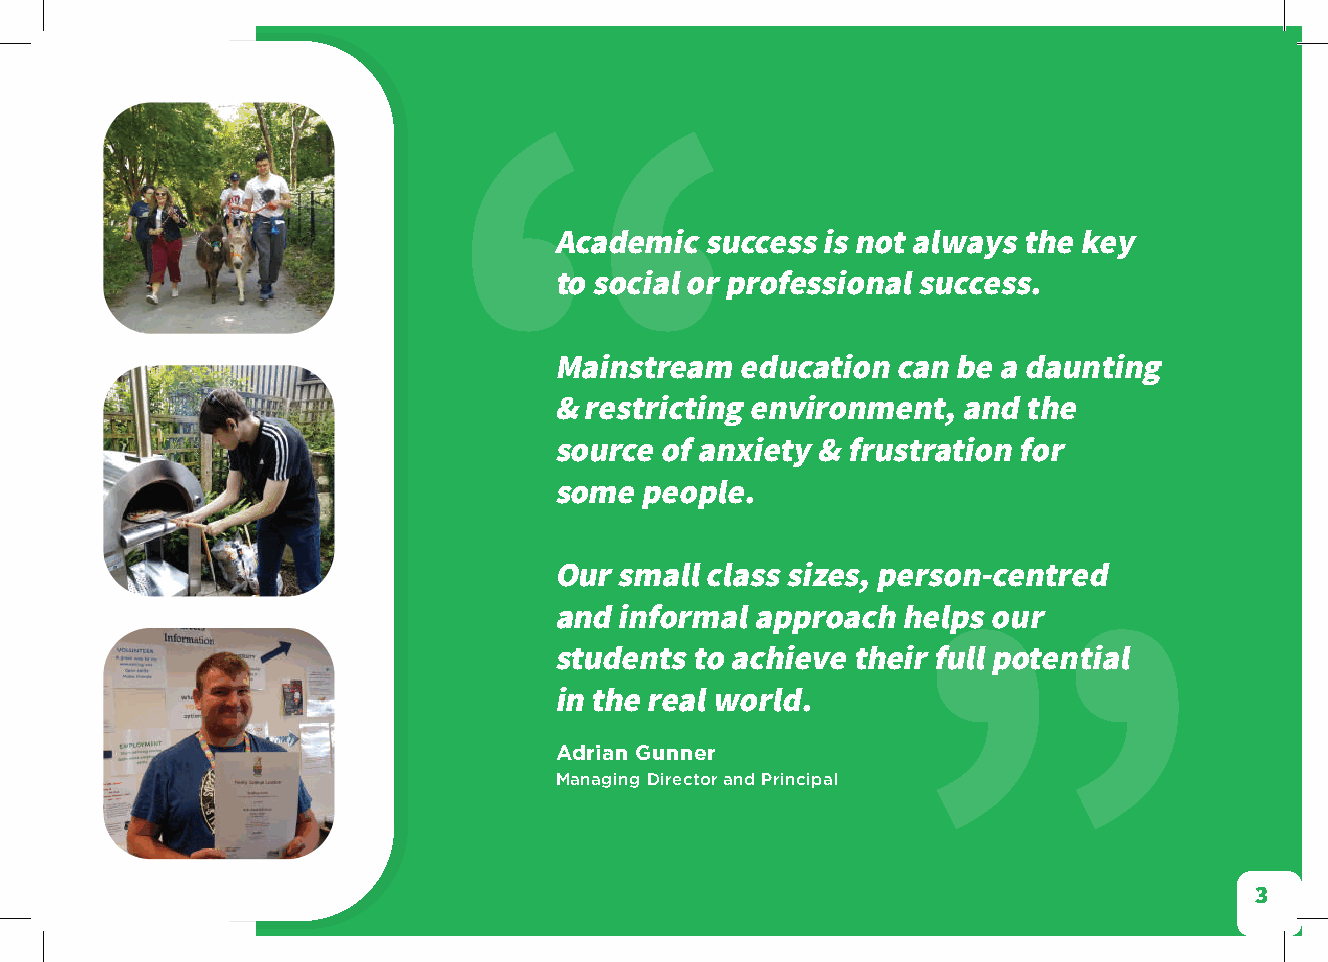
“
 Academic  success is not always the key
 to social or professional success.
 Mainstream  education can be a daunting
 & restricting environment, and the
 source of anxiety & frustration for
 some people.
 Our small class sizes, person-centred
 and informal approach  helps our
 ”
 students to achieve their full potential
 in the real world.
 Adrian Gunner
 Managing Director and Principal
 3